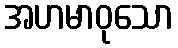
အဟမာဝုသော